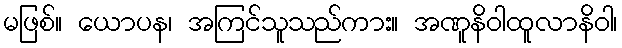
မဖြစ်။ ယောပန၊ အကြင်သူသည်ကား။ အဏူနိဝါထူလာနိဝါ၊